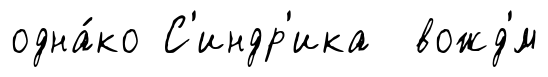
одна́ко С'индр'ика вожд'́м